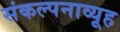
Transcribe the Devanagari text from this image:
संकल्पनाव्यूह